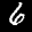
Label: 6